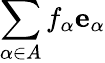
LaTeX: \sum_{\alpha\in A}f_{\alpha}\mathbf{e}_{\alpha}